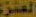
العنزي